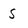
Character: S